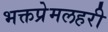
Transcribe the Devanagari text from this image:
भक्तप्रेमलहरी